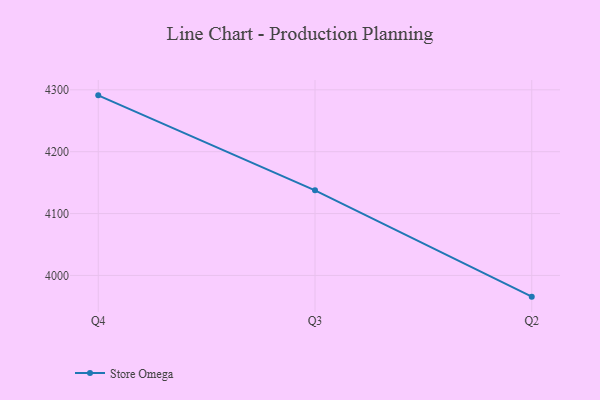
{"axis": {"x": "Quarter", "y": "Temperature (°C)"}, "legend": ["Store Omega"], "data": [{"x": "Q4", "y": 4291.1, "type": "Store Omega"}, {"x": "Q3", "y": 4137.5, "type": "Store Omega"}, {"x": "Q2", "y": 3965.7, "type": "Store Omega"}]}